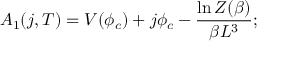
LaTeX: A _ { 1 } ( j , T ) = V ( \phi _ { c } ) + j \phi _ { c } - { \frac { \ln Z ( \beta ) } { \beta L ^ { 3 } } } ;